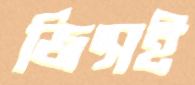
জিন্সই